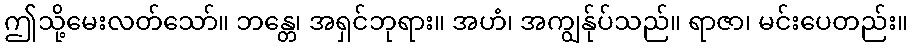
ဤသို့မေးလတ်သော်။ ဘန္တေ၊ အရှင်ဘုရား။ အဟံ၊ အကျွန်ုပ်သည်။ ရာဇာ၊ မင်းပေတည်း။